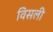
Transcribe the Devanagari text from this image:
विसली